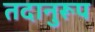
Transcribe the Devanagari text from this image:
तदानुरूप